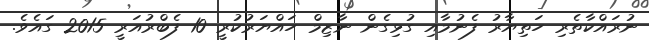
ނުރައްކާތެރި ހަތިޔާރު ފެނުމާއި ގުޅިގެން ނާޒިމް ހައްޔަރުކުރީ 10 ފެބްރުއަރީ 2015 ގައެވެ.